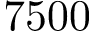
7 5 0 0